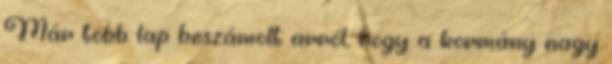
Már több lap beszámolt arról, hogy a kormány nagy